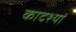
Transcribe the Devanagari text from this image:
कादश्यां